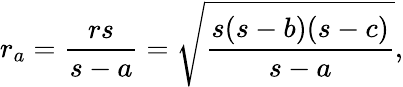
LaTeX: r_{a}={\frac{rs}{s-a}}={\sqrt{\frac{s(s-b)(s-c)}{s-a}}},